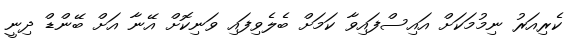
ކެރިއަރު ނިމުމަކަށް އައިސްފައިވާ ކަމަށް ބެލެވިފައި ވަނިކޮށް އޭނާ އަށް ބޭންޑް ދިނީ